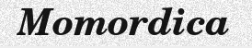
Momordica